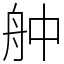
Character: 舯